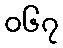
၀၆၇